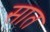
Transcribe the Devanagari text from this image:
सात